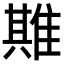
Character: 𨿣